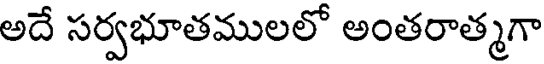
అదే సర్వభూతములలో అంతరాత్మగా